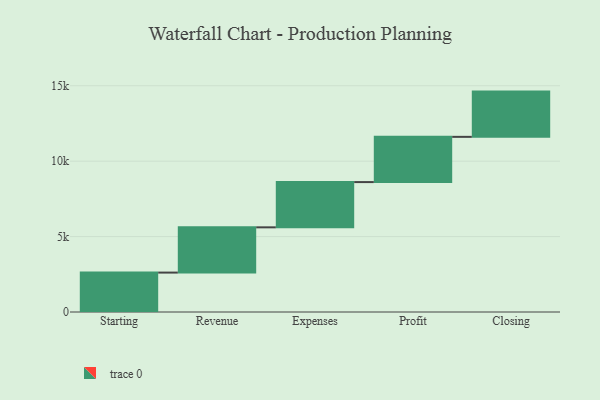
{"axis": {"x": "Step", "y": "Value"}, "legend": [""], "data": [{"x": "Starting", "y": 2613.0, "type": ""}, {"x": "Revenue", "y": 3000, "type": ""}, {"x": "Expenses", "y": 3000, "type": ""}, {"x": "Profit", "y": 3000, "type": ""}, {"x": "Closing", "y": 3000, "type": ""}]}